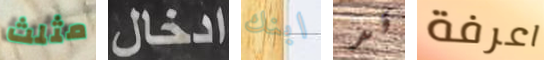
مثلث ادخال ابنك قد اعرفة